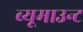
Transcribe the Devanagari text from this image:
ब्यूमाउन्ट